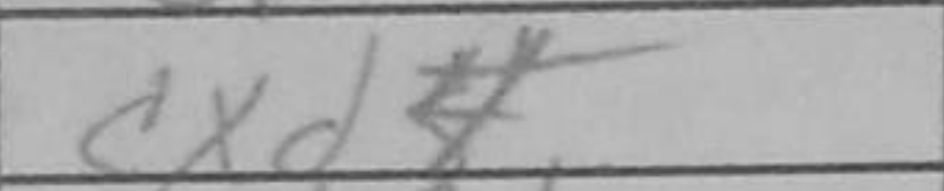
Transcription: cxd5